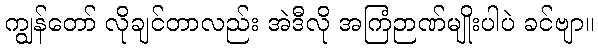
ကျွန်တော် လိုချင်တာလည်း အဲဒီလို အကြံဉာဏ်မျိုးပါပဲ ခင်ဗျာ။